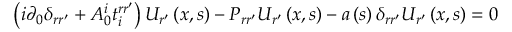
\left( i \partial _ { 0 } \delta _ { r r ^ { \prime } } + A _ { 0 } ^ { i } t _ { i } ^ { r r ^ { \prime } } \right) U _ { r ^ { \prime } } \left( x , s \right) - P _ { r r ^ { \prime } } U _ { r ^ { \prime } } \left( x , s \right) - a \left( s \right) \delta _ { r r ^ { \prime } } U _ { r ^ { \prime } } \left( x , s \right) = 0